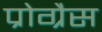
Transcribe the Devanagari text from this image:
प्रोग्रैस